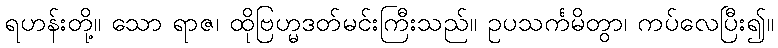
ရဟန်းတို့။ သော ရာဇ၊ ထိုဗြဟ္မဒတ်မင်းကြီးသည်။ ဥပသင်္ကမိတွာ၊ ကပ်လေပြီး၍။